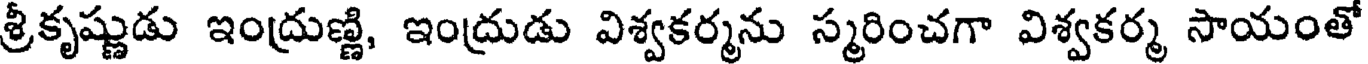
శ్రీకృష్ణుడు ఇంద్రుణ్ణి, ఇంద్రుడు విశ్వకర్మను స్మరించగా విశ్వకర్మ సాయంతో